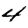
Digit: 4